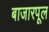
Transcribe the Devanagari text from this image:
बाजारपूल